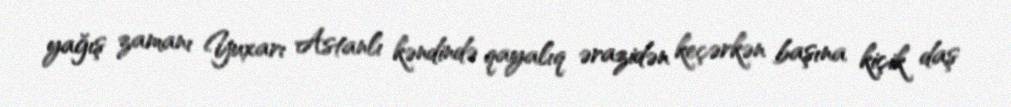
yağış zamanı Yuxarı Astanlı kəndində qayalıq ərazidən keçərkən başına kiçik daş